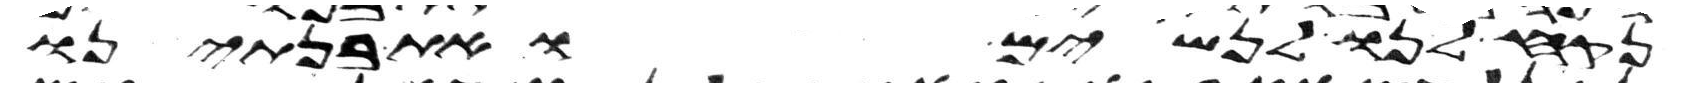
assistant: נקח לנו לנשים ואת בנתינו